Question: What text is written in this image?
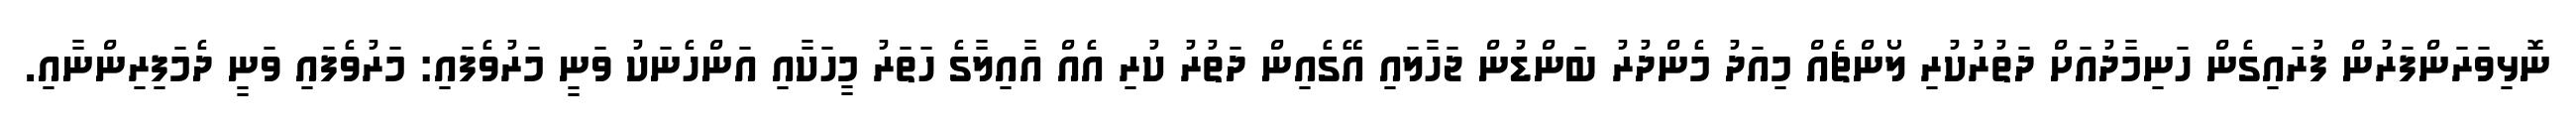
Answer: ނޮޅިވަރަންފަރުން ފުރައިގެން ހަނިމާދުއަށް ދަތުރުކުރި ލޯންޗެއް މިއަދު މެންދުރު ބަންޑުން ޖަހާލައި އޭގެއިން ދަތުރު ކުރި އެއް އާއިލާގެ ހަތަރު މީހަކާއި އަންހެނަކު ވަނީ މަރުވެފައި: މަރުވެފައި ވަނީ ދެމަފިރިންނާއި.